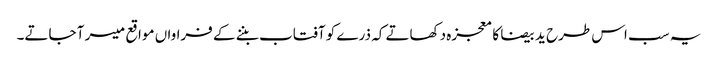
یہ سب اس طرح ید بیضا کا معجزہ دکھاتے کہ ذرے کو آفتاب بننے کے فراواں مواقع میسر آ جاتے۔